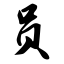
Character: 员